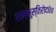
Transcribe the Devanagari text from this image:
शम्भुस्तिरोदधे॥